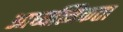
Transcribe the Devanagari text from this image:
आध्यत्मिकता